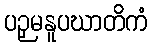
ပဉှမနူပဃာတိကံ